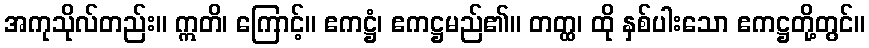
အကုသိုလ်တည်း။ ဣတိ၊ ကြောင့်။ ဧကဋ္ဌံ၊ ဧကဋ္ဌမည်၏။ တတ္ထ၊ ထို နှစ်ပါးသော ဧကဋ္ဌတို့တွင်။